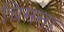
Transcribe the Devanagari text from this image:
चिमना